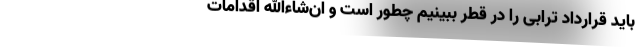
باید قرارداد ترابی را در قطر ببینیم چطور است و ان‌شاءالله اقدامات